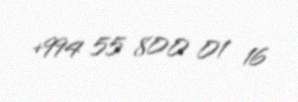
+994 55 800 01 16